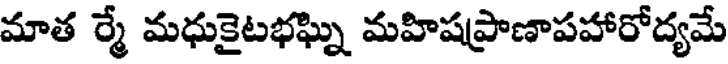
మాత ర్మే మధుకైటభఘ్ని మహిషప్రాణాపహారోద్యమే